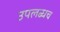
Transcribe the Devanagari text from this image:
उपलब्धच